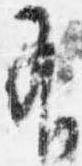
有